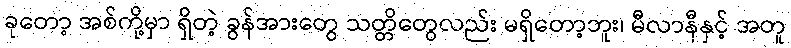
ခုတော့ အစ်ကို့မှာ ရှိတဲ့ ခွန်အားတွေ သတ္တိတွေလည်း မရှိတော့ဘူး၊ မီလာနီနှင့် အတူ